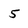
Character: 5